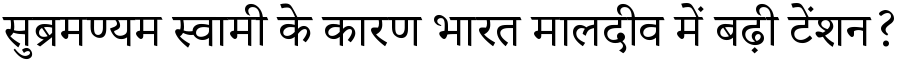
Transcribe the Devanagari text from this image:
सुब्रमण्यम स्वामी के कारण भारत मालदीव में बढ़ी टेंशन?